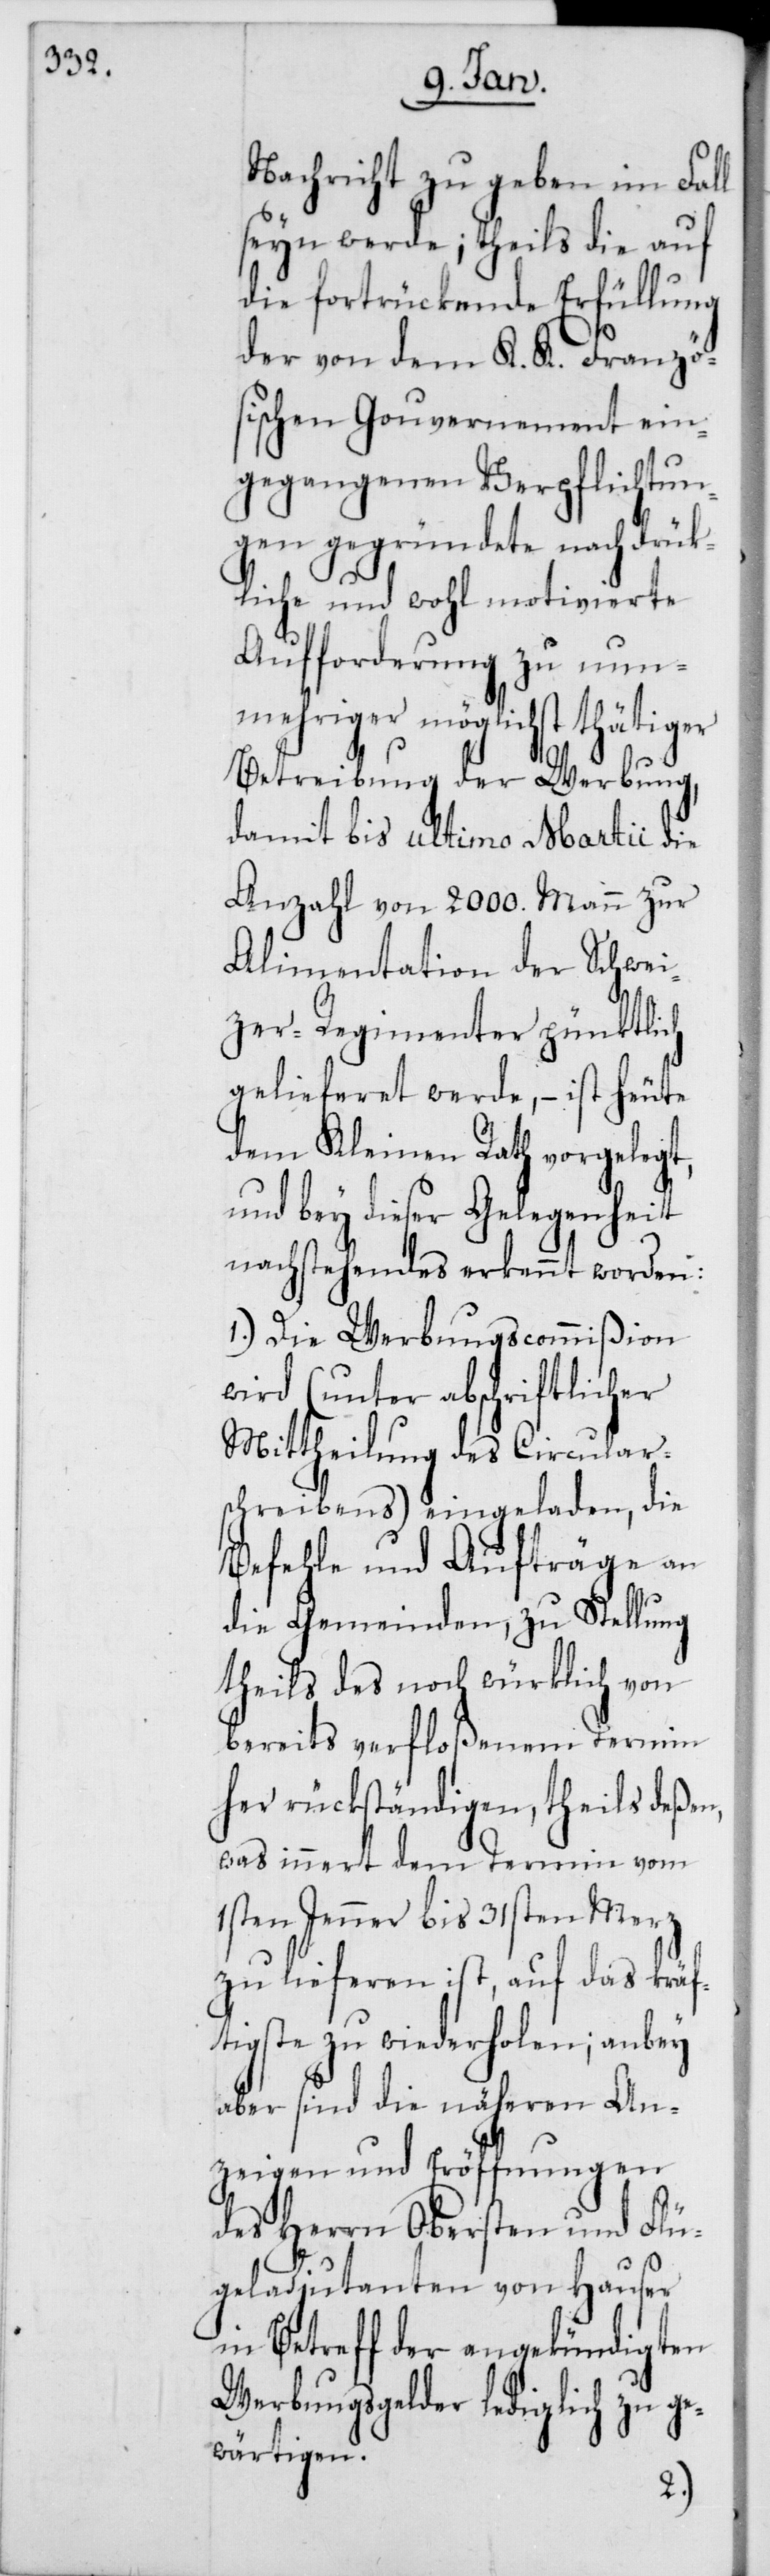
Nachricht zu geben im Fall
seyn werde; theils die auf
die fortrückende Erfüllung
der von dem K. K. Franzö¬
sischen Gouvernement ein¬
gegangenen Verpflichtun¬
gen gegründete nachdrück¬
liche und wohl motivierte
Aufforderung zu nun¬
mehriger möglichst thätiger
Betreibung der Werbung,
damit bis ultimo Martii die
Anzahl von 2000. Mann zur
Alimenation der Schwei¬
zer-Regimenter pünktlich
gelieferet werde, – ist heute
dem Kleinen Rath vorgelegt,
und bey dieser Gelegenheit
nachstehendes erkannt worden:
1.) Die Werbungscommißion
wird (unter abschriftlicher
Mittheilung des Circular¬
schreibens) eingeladen, die
Befehle und Aufträge an
die Gemeinden, zu Stellung
theils des noch würklich von
bereits verfloßenem Termin
her rückständigen, theils deßen,
was innert dem Termin vom
1sten Jenner bis 31sten Merz
zu lieferen ist, auf das kräf¬
tigste zu wiederholen; anbey
aber sind die näheren An¬
zeigen und Eröffnungen
des Herrn Obersten und Flü¬
geladjutanten von Hauser
in Betreff der angekündigten
Werbungsgelder lediglich zu ge¬
wärtigen.